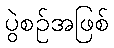
ပွဲစဉ်အဖြစ်